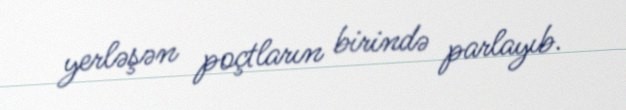
yerləşən poçtların birində parlayıb.